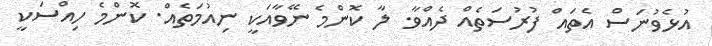
އުޅެވުނަސް އެތައް ފުރުސަތެއް ދެއްވާ. ލާ ކޮންމެ ނޭވާއަކީ ނިއުމަތެއް. ކޮންމެ ހިއްސަކީ